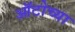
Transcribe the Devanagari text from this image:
ऑटोच्या